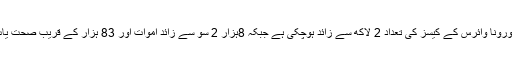
دنیا بھر میں کورونا وائرس کے کیسز کی تعداد 2 لاکھ سے زائد ہوچکی ہے جبکہ 8ہزار 2 سو سے زائد اموات اور 83 ہزار کے قریب صحت یاب ہوچکے ہیں۔